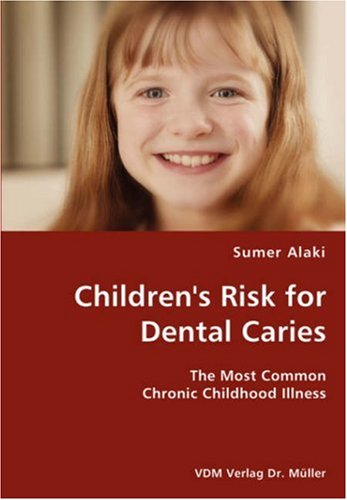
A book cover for Children's Risk for Dental Caries- The Most Common Chronic Childhood Illness; Sumer Alaki; Medical Books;